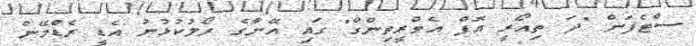
ސްޓެފަން "ދަ ތިއޯރީ އޮފް އެވްރީތިންގް" ގައި އޭނާގެ ރޯލުކުޅުނު އެޑީ ރެޑްމޭން